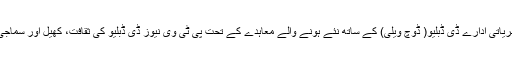
ان پروگرامز کے علاوہ پی ٹی وی نے جرمن نشریاتی ادارے ڈی ڈبلیو( ڈوچ ویلی) کے ساتھ نئے ہونے والے معاہدے کے تحت پی ٹی وی نیوز ڈی ڈبلیو کی ثقافت، کھیل اور سماجی مسائل پر بنائی گئی ڈاکیومینٹریز نشر کرے گا۔